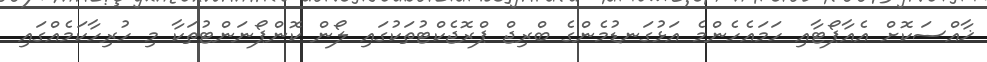
ޚާއްސަކޮށް އެއާޕޯޓާއި ހަމައެހެންމެ އަޅުގަނޑުމެންގެ ބްރިޖް ޕްރޮޖެކްޓުތަކުގައި ލޯން ކޮންޕޯނަންޓުތަކާ މި ހުރިހާކަމެއްގައި